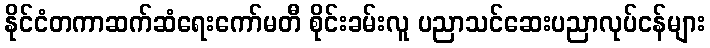
နိုင်ငံတကာဆက်ဆံရေးကော်မတီ စိုင်းခမ်းလူ ပညာသင်ဆေးပညာလုပ်ငန်များ